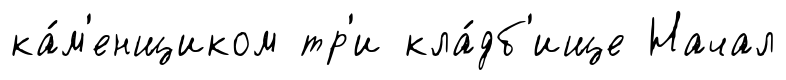
ка́м'енщиком тр'и кла́дб'ище Начал